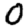
Digit: 0